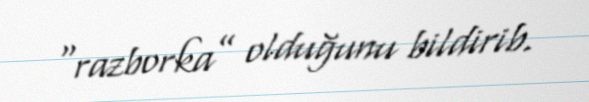
“razborka” olduğunu bildirib.